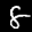
Label: 8